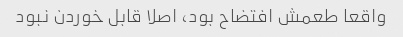
واقعا طعمش افتضاح بود، اصلا قابل خوردن نبود